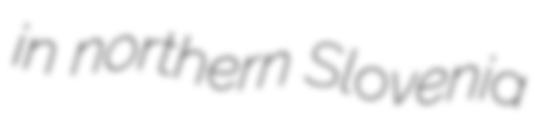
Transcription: in northern Slovenia